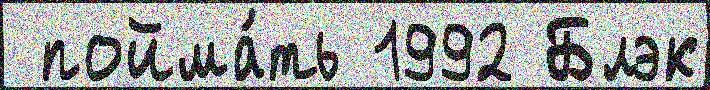
 пойма́ть 1992 Блэк